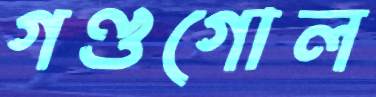
গণ্ডগোল